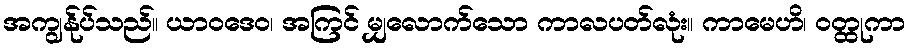
အကျွန်ုပ်သည်။ ယာဝဒေဝ၊ အကြင် မျှလောက်သော ကာလပတ်လုံး။ ကာမေဟိ၊ ဝတ္ထုကာ